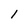
Character: 1